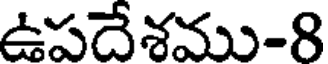
ఉపదేశము-8